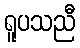
ရူပသညီ